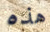
هذه